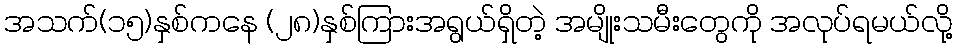
အသက်(၁၅)နှစ်ကနေ (၂၈)နှစ်ကြားအရွယ်ရှိတဲ့ အမျိုးသမီးတွေကို အလုပ်ရမယ်လို့